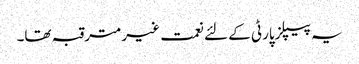
یہ پیپلزپارٹی کے لئے نعمت غیر مترقبہ تھا۔